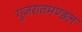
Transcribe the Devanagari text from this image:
गुजरातमण्डल